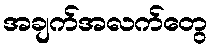
အချက်အလက်တွေ